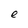
Character: e